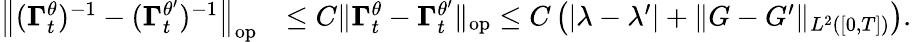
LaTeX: \begin{array}{rl}{\left\| (\boldsymbol{\Gamma}_{t}^{\theta})^{-1}-(\boldsymbol{\Gamma}_{t}^{\theta^{\prime}})^{-1}\right\| _{\mathrm{op}}}&{\le C\| \boldsymbol{\Gamma}_{t}^{\theta}-\boldsymbol{\Gamma}_{t}^{\theta^{\prime}}\| _{\mathrm{op}}\leq C\left(|\lambda-\lambda^{\prime}|+\| G-G^{\prime}\| _{L^{2}([0,T])}\right).}\end{array}